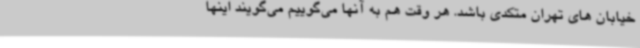
خیابان های تهران متکدی باشد. هر وقت هم به آنها می‌گوییم می‌گویند اینها